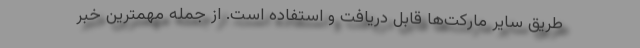
طریق سایر مارکت‌ها قابل دریافت و استفاده است. از جمله مهمترین خبر